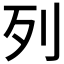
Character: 列